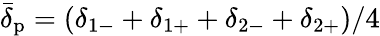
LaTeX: \bar{\delta}_{\mathrm{p}}=(\delta_{1-}+\delta_{1+}+\delta_{2-}+\delta_{2+})/4